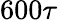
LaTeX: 600\tau